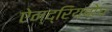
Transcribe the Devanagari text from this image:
ऐन्द्रियबोध